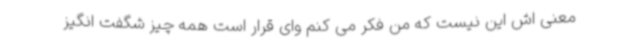
معنی اش این نیست که من فکر می کنم وای قرار است همه چیز شگفت انگیز